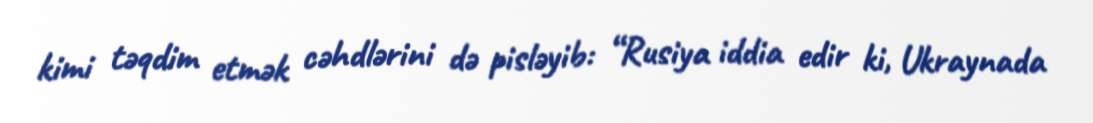
kimi təqdim etmək cəhdlərini də pisləyib: “Rusiya iddia edir ki, Ukraynada